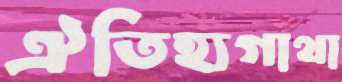
ঐতিহ্যগাথা